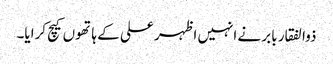
ذوالفقار بابر نے انہیں اظہر علی کے ہاتھوں کیچ کرایا۔